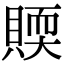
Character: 䞂